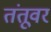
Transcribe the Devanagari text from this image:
तंतूवर